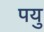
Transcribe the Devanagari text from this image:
पयु